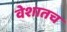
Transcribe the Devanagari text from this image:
वेशातच